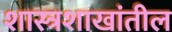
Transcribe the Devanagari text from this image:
शास्त्रशाखांतील